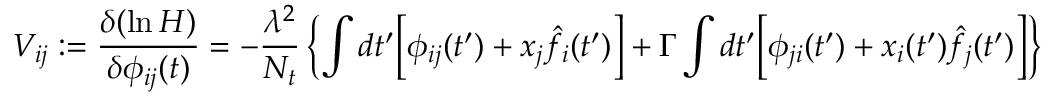
V _ { i j } : = \frac { \delta ( \ln H ) } { \delta \phi _ { i j } ( t ) } = - \frac { \lambda ^ { 2 } } { N _ { t } } \left\{ \int d t ^ { \prime } \Big [ \phi _ { i j } ( t ^ { \prime } ) + x _ { j } \hat { f } _ { i } ( t ^ { \prime } ) \Big ] + \Gamma \int d t ^ { \prime } \Big [ \phi _ { j i } ( t ^ { \prime } ) + x _ { i } ( t ^ { \prime } ) \hat { f } _ { j } ( t ^ { \prime } ) \Big ] \right\}